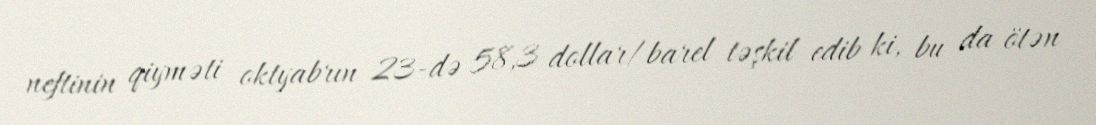
neftinin qiyməti oktyabrın 23-də 58,3 dollar/barel təşkil edib ki, bu da ötən